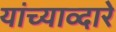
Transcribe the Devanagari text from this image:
यांच्याव्दारे